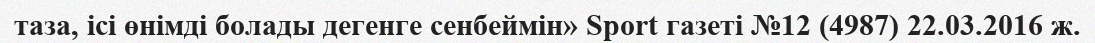
таза, ісі өнімді болады дегенге сенбеймін» Sport газеті №12 (4987) 22.03.2016 ж.